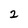
Character: 2